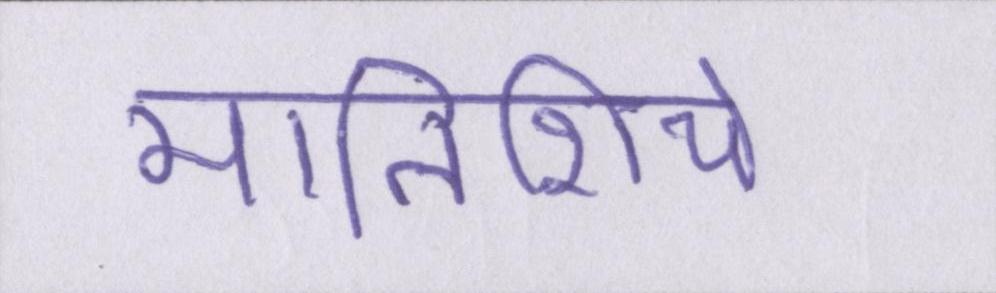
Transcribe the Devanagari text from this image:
मालिशिये